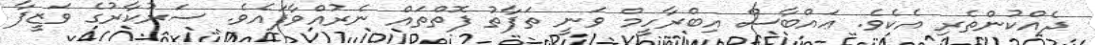
ދެއްކުންތެރި އެކެވެ. ޢައްބާސް އިބްރާހީމް ވަނީ ތަފާތު ފޮތްތައް ނެރުއްވާފައެވެ. ސަރުކާރުގެ ވަޒީފާ